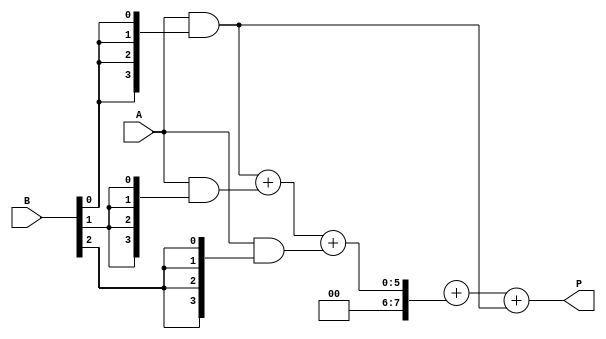
module adaptive_wallace_tree_multiplier #(parameter N = 4) (
    input  wire [N-1:0] A,  // Multiplicand
    input  wire [N-1:0] B,  // Multiplier
    output wire [2*N-1:0] P // Product
);

    // Intermediate partial product array
    wire [N-1:0] partial_product [0:N-1];

    // Generate Partial Products
    genvar i;
    generate
        for (i = 0; i < N; i = i + 1) begin: pp_gen
            assign partial_product[i] = A & {N{B[i]}};
        end
    endgenerate

    // Wallace tree reduction logic 
    wire [N-1:0] sum_level1 [0:N/3-1];
    wire [N-1:0] carry_level1 [0:N/3-1];
    
    // Level 1: Combine partial products
    generate
        for (i = 0; i < N/3; i = i + 1) begin: level1
            if (i*3+2 < N) begin
                // Full Adder logic to combine 3 bits
                assign {carry_level1[i], sum_level1[i]} = partial_product[i*3] + partial_product[i*3+1] + partial_product[i*3+2];
            end else if (i*3+1 < N) begin
                // If only 2 bits are available
                assign {carry_level1[i], sum_level1[i]} = partial_product[i*3] + partial_product[i*3+1];
            end else begin
                // If only 1 bit is available
                assign sum_level1[i] = partial_product[i*3];
                assign carry_level1[i] = 0;
            end
        end
    endgenerate

    // Level 2: Repeat the reduction process
    wire [N-1:0] sum_level2 [0:N/3-1];
    wire [N-1:0] carry_level2 [0:N/3-1];
    
    generate
        for (i = 0; i < (N/3)/3; i = i + 1) begin: level2
            if (i*3+2 < N/3) begin
                assign {carry_level2[i], sum_level2[i]} = sum_level1[i*3] + sum_level1[i*3+1] + sum_level1[i*3+2];
            end else if (i*3+1 < N/3) begin
                assign {carry_level2[i], sum_level2[i]} = sum_level1[i*3] + sum_level1[i*3+1];
            end else begin
                assign sum_level2[i] = sum_level1[i*3];
                assign carry_level2[i] = 0;
            end
        end
    endgenerate

    // Combine final results
    wire [2*N-1:0] final_sum;
    
    // Assuming final level combines the results using a carry adder
    assign final_sum = {carry_level2[0], sum_level2[0]} + 
                       {carry_level1[0], sum_level1[0]} + 
                       {1'b0, partial_product[0]};

    // Assign output
    assign P = final_sum;

endmodule